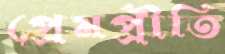
প্রেমপ্রীতি